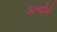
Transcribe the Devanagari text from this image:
अन्योने